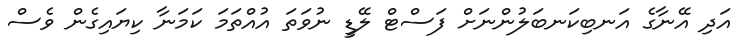
އަދި އޭނާގެ އަނބިކަނބަލުންނަށް ފަސްޓް ލޭޑީ ނުވަތަ އުއްތަމަ ކަމަނާ ކިޔައިގެން ވެސް